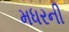
મધરની